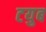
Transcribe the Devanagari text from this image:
टयुब